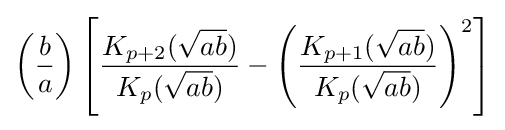
\left({\frac {b}{a}}\right)\left[{\frac {K_{p+2}({\sqrt {ab}})}{K_{p}({\sqrt {ab}})}}-\left({\frac {K_{p+1}({\sqrt {ab}})}{K_{p}({\sqrt {ab}})}}\right)^{2}\right]